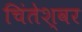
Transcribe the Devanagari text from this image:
चिंतेश्वर